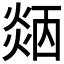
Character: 𤌜